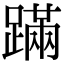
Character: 蹣